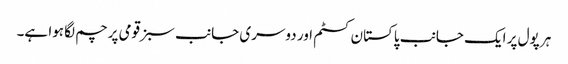
ہر پول پر ایک جانب پاکستان کسٹم اور دوسری جانب سبز قومی پرچم لگا ہوا ہے۔